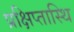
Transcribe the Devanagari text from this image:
प्रक्षिप्तास्थि